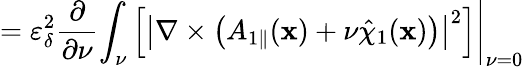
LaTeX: =\varepsilon_{\delta}^{2}\frac{\partial}{\partial\nu}\left.\int_{\nu}\left[\left|\nabla\times\left({A}_{1\parallel}(\textbf{x})+\nu\hat{\chi}_{1}(\textbf{x})\right)\right|^{2}\right]\right|_{\nu=0}